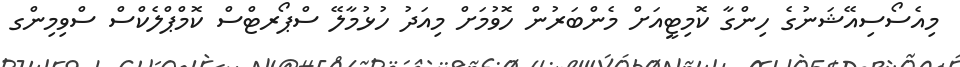
މިއެސޯސިއޭޝަނުގެ ހިންގާ ކޮމިޓީއަށް މެންބަރުން ހޮވުމަށް މިއަދު ހުޅުމާލޭ ސްޕޯރޓްސް ކޮމްޕްލެކްސް ސްވިމިންގ